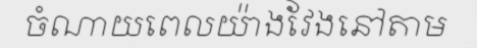
ចំណាយពេលយ៉ាងវែងនៅតាម